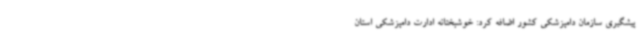
پیشگیری سازمان دامپزشکی کشور اضافه کرد: خوشبختانه ادارت دامپزشکی استان